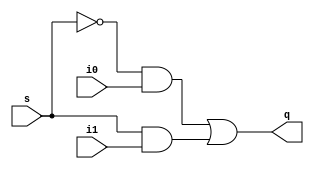
module mux21(i0,i1,s,q);
    
input i1,i0,s;
output q;
										//s =1 then i1 is choosen
assign q= (!s & i0)|(s & i1);

endmodule